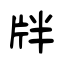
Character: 牉